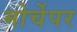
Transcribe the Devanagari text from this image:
मोर्चेपर